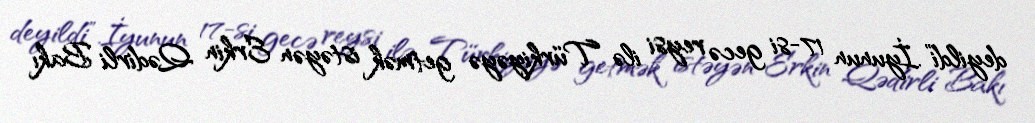
deyildi”.İyunun 17-si gecə reysi ilə Türkiyəyə getmək istəyən Erkin Qədirli Bakı